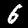
Label: 6